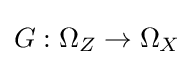
G:\Omega _{Z}\to \Omega _{X}